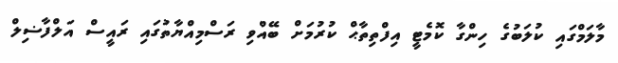
މާލަމްގައި ކުލަބުގެ ހިންގާ ކޮމެޓީ އިފްތިތާޙް ކުރުމަށް ބޭއްވި ރަސްމިއްޔާތުގައި ރައީސް އަލްފާޟިލް